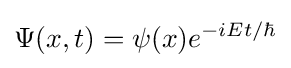
\Psi (x,t)=\psi (x)e^{-iEt/\hbar }